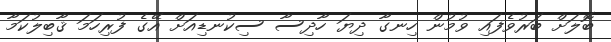
ބޮލަށް ބަރުވެފައި ވުމުން ހިނގާ ދިޔަ ހާދިސާ ސިކުނޑިއަށް އޭގެ ފުރިހަމަ ޤާބިލުކަމާ